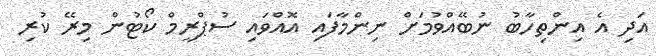
އަދި އެ އިންތިހާބު ނުބޭއްވުމަށް ނިންމާފައި އޮއްވައި ސުޕްރީމް ކޯޓުން މިރޭ ކުރި